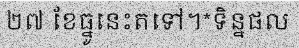
២៧ ខែធ្នូនេះតទៅ។*ទិន្នផល